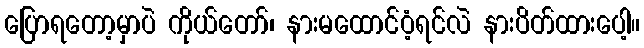
ပြောရတော့မှာပဲ ကိုယ်တော်၊ နားမထောင်ဝံ့ရင်လဲ နားပိတ်ထားပေါ့။